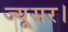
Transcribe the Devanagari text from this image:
ज्यूसर।